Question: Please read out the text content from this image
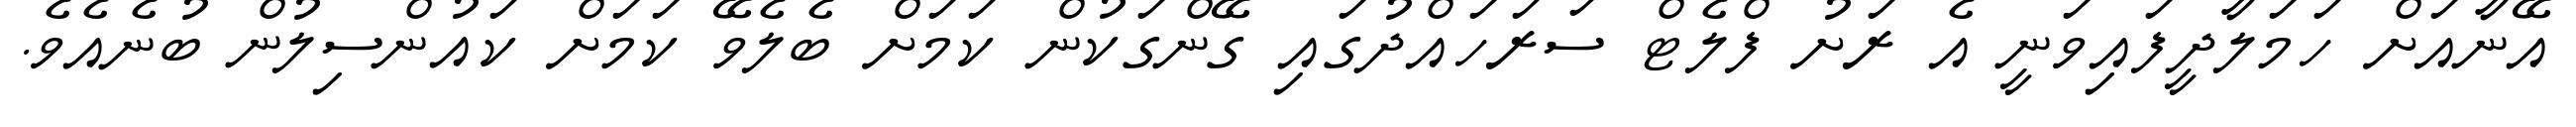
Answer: އޭނާއަށް ހަމަލާދީފައިވަނީ އެ ރަށު ފްލެޓް ސަރަހައްދުގައި ގޭންގަކުން ކަމަށް ބެލެވޭ ކަމަށް ކައުންސިލުން ބުނެއެވެ.